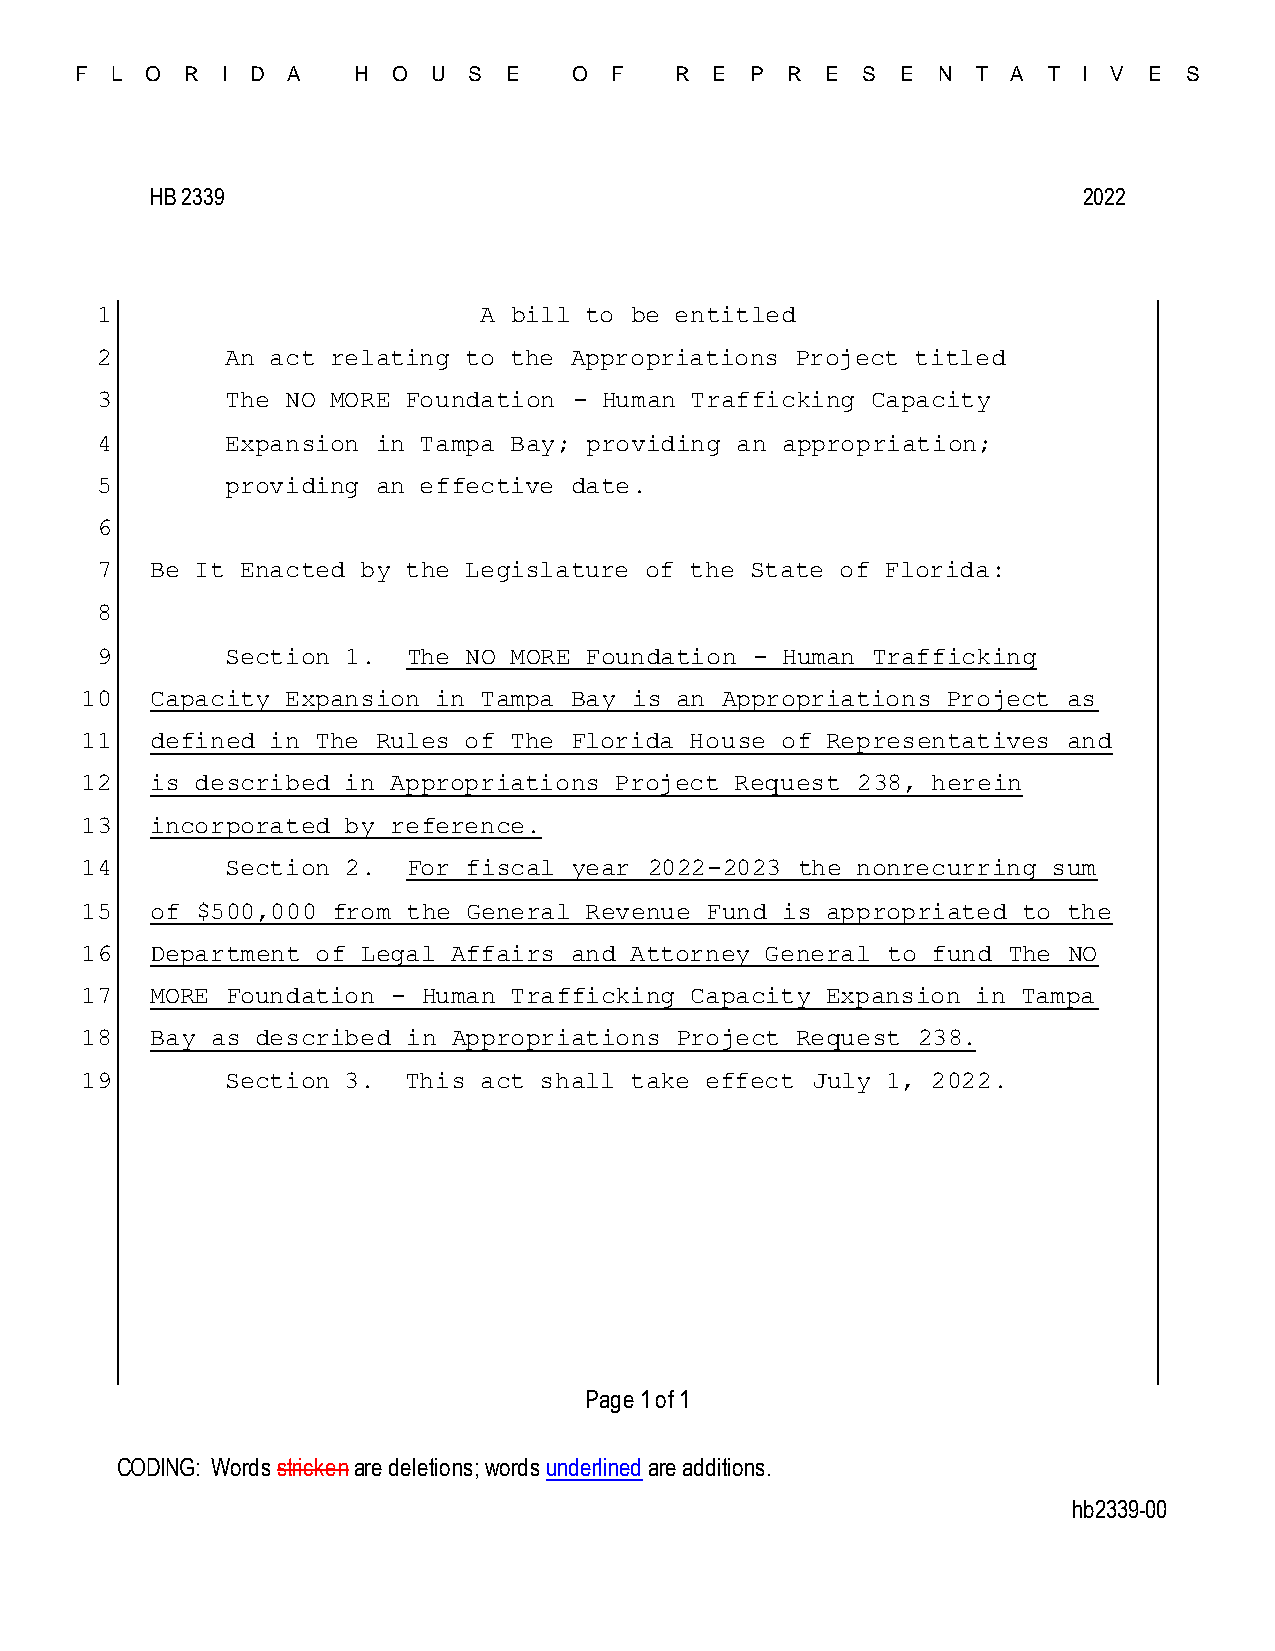
F L  O R  I D A    H O  U S  E   O F    R E  P R  E S  E N  T A T  I V E  S
 HB 2339                                                       2022
 1                         A bill to be entitled
 2        An act relating to the Appropriations Project titled
 3        The NO MORE Foundation - Human Trafficking Capacity
 4        Expansion in Tampa Bay; providing an appropriation;
 5        providing an effective date.
 6
 7   Be It Enacted by the Legislature of the State of Florida:
 8
 9        Section 1.  The NO MORE Foundation - Human Trafficking
 10   Capacity Expansion in Tampa Bay is an Appropriations Project as
 11   defined in The Rules of The Florida House of Representatives and
 12   is described in Appropriations Project Request 238, herein
 13   incorporated by reference.
 14        Section 2.  For fiscal year 2022-2023 the nonrecurring sum
 15   of $500,000 from the General Revenue Fund is appropriated to the
 16   Department of Legal Affairs and Attorney General to fund The NO
 17   MORE Foundation - Human Trafficking Capacity Expansion in Tampa
 18   Bay as described in Appropriations Project Request 238.
 19        Section 3.  This act shall take effect July 1, 2022.
 Page 1 of 1
 CODING: Words stricken are deletions; words underlined are additions.
 hb2339-00